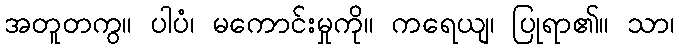
အတူတကွ။ ပါပံ၊ မကောင်းမှုကို။ ကရေယျ၊ ပြုရာ၏။ သာ၊